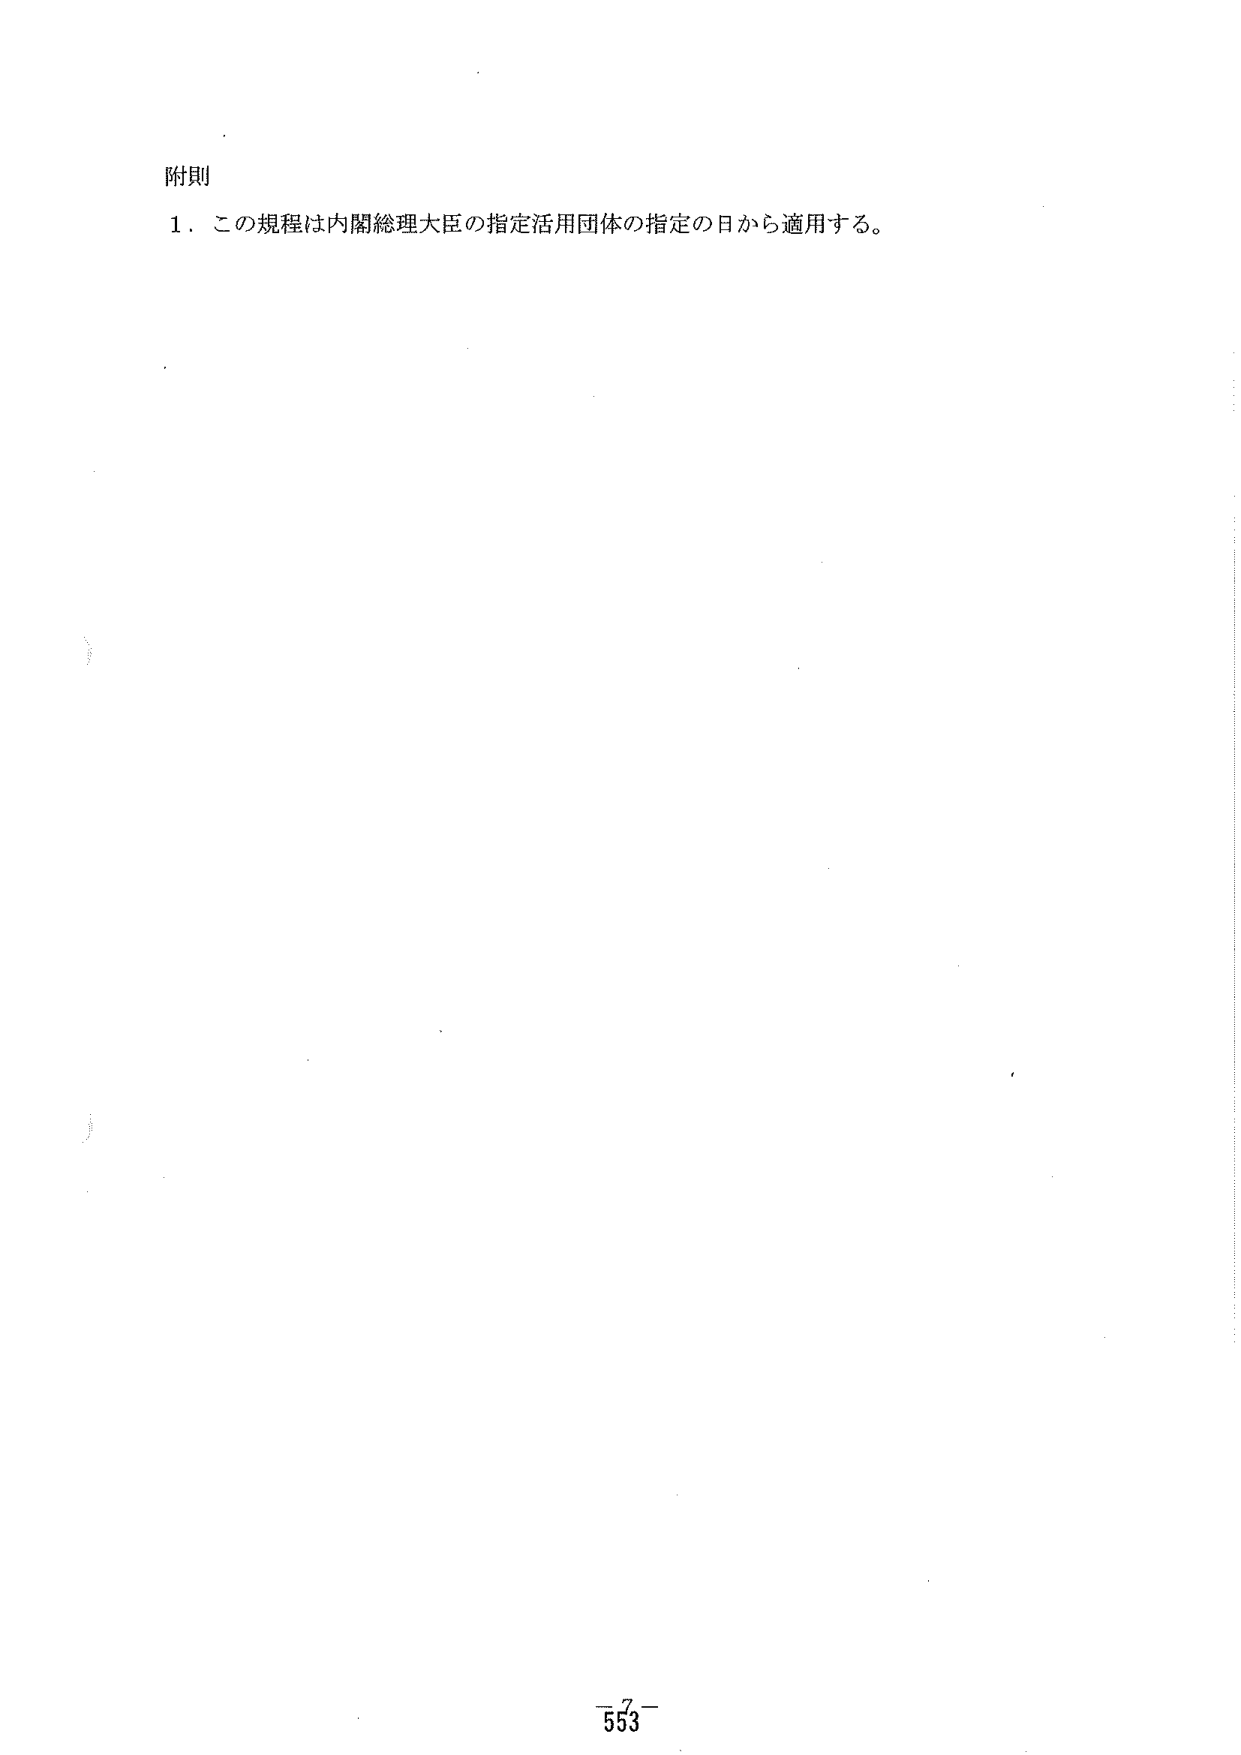
附則
１．この規程は内閣総理大臣の指定活用団体の指定の日から適用する。
－553－